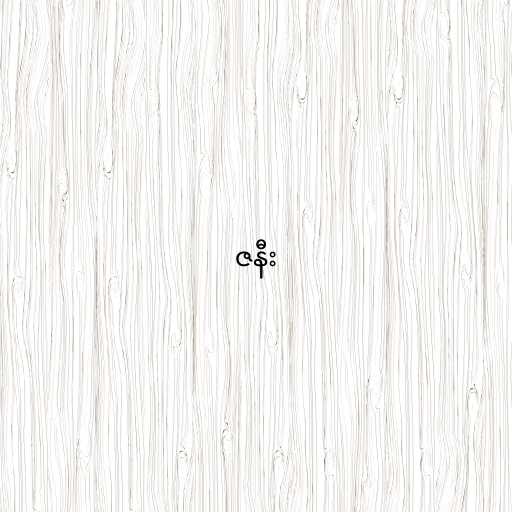
ဇနီး